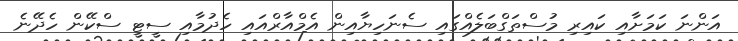
އަންނަ ކަމަށާއި ކައިރި މުސްތަގްބަލެއްގައި ސެނަހިޔާއިން އެމްއާރްއައި ހެދުމާއި ސީޓީ ސްކޭން ހެދޭނެ